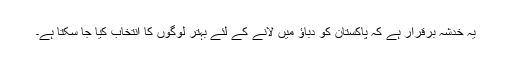
یہ خدشہ برقرار ہے کہ پاکستان کو دباؤ میں لانے کے لئے بہتر لوگوں کا انتخاب کیا جا سکتا ہے۔